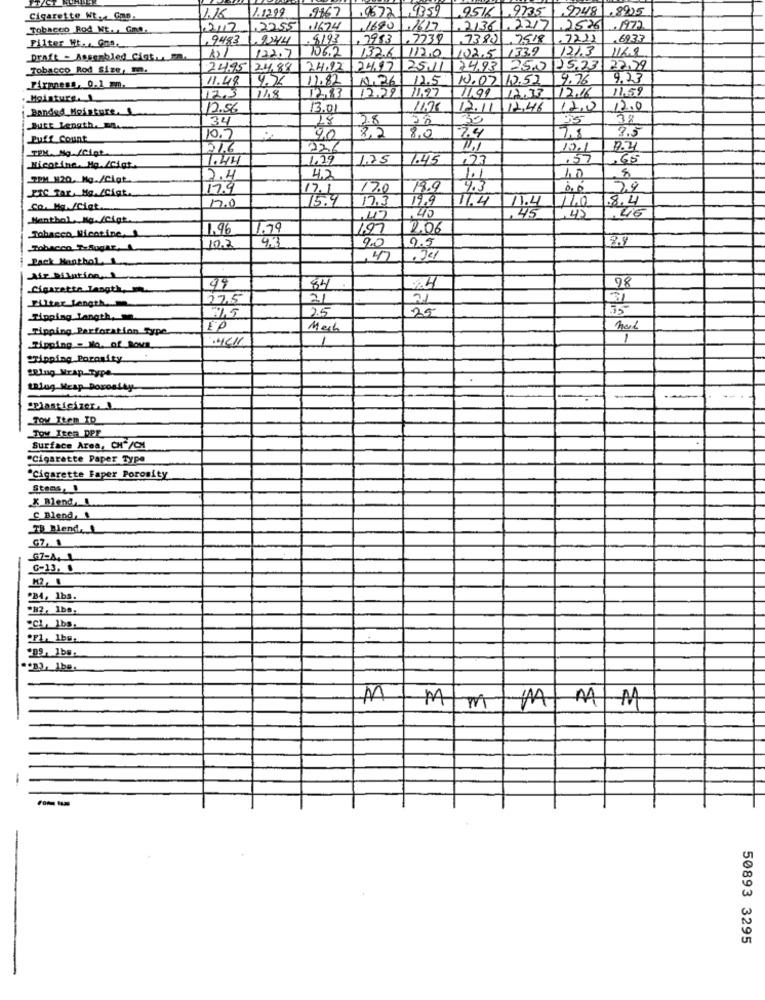
1.1299
2167
196721 ,9359
9516 ,9735
97481 ,8925
Cigarette Wt .. Gap.
1.16
Tobacco Rod Nt. . Gme.
2.12
1.2255
,1674
1690 ,1617
.2136 .2217.2526 .1977
,9483
.2244
. 8193
, 7983
. 7739
73801 7518
7221
.693.3
Filter Wt. .. Gna,
106.2
132.6
1120
102.5 133.9
12/3 1169
Draft - Assembled Cict. . DR.
122.7
Tobacco Rod Size, m.
24,95 24,88
24,92
74.97
25.11
74,93
250 2523
22,29
11.48
4.76
11.82
1.26
12.5
1.02 10.52
9.76
9.33
Firmaens, 0.1 mm.
1213
12.29
11.97
12.16
11.59
Moinkurs.
17.3
18
11.99
17.33
12.56
13.01
11:28
12.11
12.46
12,0
12.0
Banded_Moisture,
34
18
2.8
30
38
Butt Length. m.
8.0
2.5
Puff Count
10.7
9.0
8,2
2.4
7.8
TEM. Mg /Cigt
216
226
11.1
17.1
8.4
1.44
1.29
1.25
1.45
,27
.57
,65
Nicotine. Ma./Cigt
10
8
TEM M20. Mg./Cigt
12.4
4.2
1.1
PIC far, Ma./Ciat.
17.4
17.1
17.0
4.3
79
75.9
17.3
19.9
11.4
14.0
.8.4
Co. Ma. /Cigt
7.0
.46
Nenthol Mg./Cigt.
45
45
1.96
1.99
197
2.06
Tobacco Nicotine,
4.3
Tobacco TaSogar,
10.2
9.0
0.5
Jack Mantbol,
47
Air Dilution,
98
.Cigarette langth,
99
84
275
21
21
Filter Length.
2.5
25
35
Tipping Langth, m.
Tipping Perforation Type.
EP
Mech
1
Tipping = No. of Rovn
Gripping Parmaity
WRing_Mrap_Type
Llug.Mrap Dorosthy
"Plasticizer. L.
Toy Item ID
Tov Iten DPF
Surface Area, CH"/CM
"Cigarette Paper Type
"Cigarette Faper Porosity
Stoms,
X Rend.
C Blend, !
TB Blend ,_ 1
G7, 1
G7-A. 1
G-13. .
PB4, 1bs.
"82, 1bs.
"CL, 1bs.
R
MMM
-
50893 3295